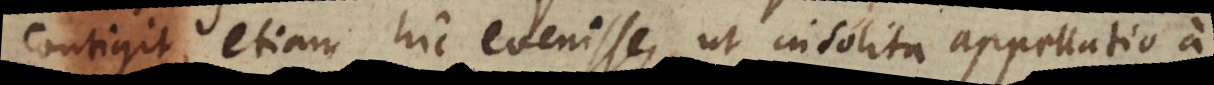
contigit, etiam hic evenisse, ut insolita appellatio a